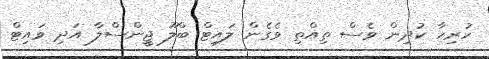
ހުރިހާ ކުދިން ވެސް ތިއްތި ވެގެން ލައިޓް ބްލޫ ޖީންސްލާ އަދި ވައިޓް